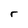
Character: r